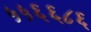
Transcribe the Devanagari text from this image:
५५६६८६